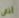
أذكى